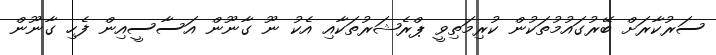
ސަރުކާރަށް ބޭރުގައުމުތަކުން ކުރިމަތިވީ ޕްރެޝަރުތަކާއި އެކު ނޫ ގާނޫން އަސާސީއިން ފެހި ގާނޫން